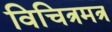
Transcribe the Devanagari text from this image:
विचित्रमत्र